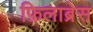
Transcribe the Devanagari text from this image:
फ़िलाब्रेस